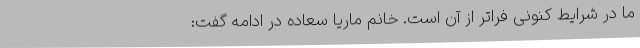
ما در شرایط کنونی فراتر از آن است. خانم ماریا سعاده در ادامه گفت: